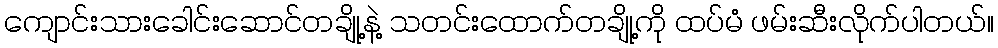
ကျောင်းသားခေါင်းဆောင်တချို့နဲ့ သတင်းထောက်တချို့ကို ထပ်မံ ဖမ်းဆီးလိုက်ပါတယ်။